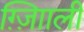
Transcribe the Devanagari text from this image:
ग़्ज़ाािली